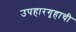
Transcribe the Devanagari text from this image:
उपहारगृहाची